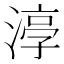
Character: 𭱰